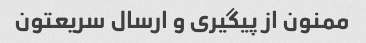
ممنون از پیگیری و ارسال سریعتون